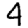
Digit: 4